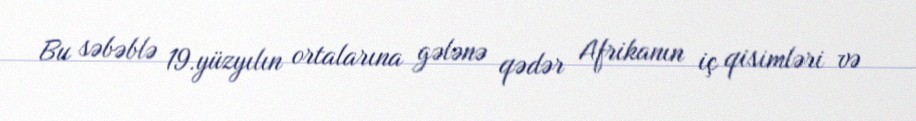
Bu səbəblə 19.yüzyılın ortalarına gələnə qədər Afrikanın iç qisimləri və